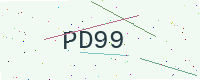
Text: PD99